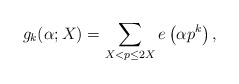
\begin{align*}g_k(\alpha;X)=\sum_{X <p\le 2X}e\left( \alpha p^k \right),\end{align*}